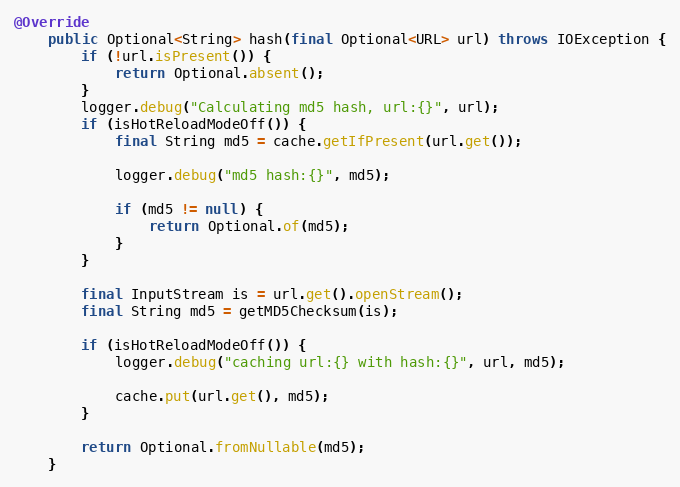
Language: Java
@Override
    public Optional<String> hash(final Optional<URL> url) throws IOException {
        if (!url.isPresent()) {
            return Optional.absent();
        }
        logger.debug("Calculating md5 hash, url:{}", url);
        if (isHotReloadModeOff()) {
            final String md5 = cache.getIfPresent(url.get());

            logger.debug("md5 hash:{}", md5);

            if (md5 != null) {
                return Optional.of(md5);
            }
        }

        final InputStream is = url.get().openStream();
        final String md5 = getMD5Checksum(is);

        if (isHotReloadModeOff()) {
            logger.debug("caching url:{} with hash:{}", url, md5);

            cache.put(url.get(), md5);
        }

        return Optional.fromNullable(md5);
    }